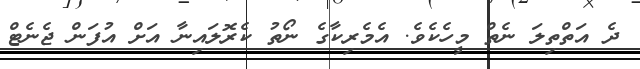
ދެ އަތްތިލަ ނެތް މީހެކެވެ. އެމެރިކާގެ ނޯތު ކެރޮލައިނާ އަށް އުފަން ޖެނެޓް